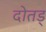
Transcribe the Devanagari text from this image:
दोतड्